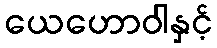
ယေဟောဝါနှင့်